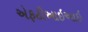
એફટીઆઇઆઇ